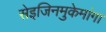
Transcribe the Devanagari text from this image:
सेइजिनमुकेमांगा